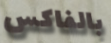
بالفاكس